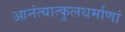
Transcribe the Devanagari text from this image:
आनंत्यात्कुलधर्माणां